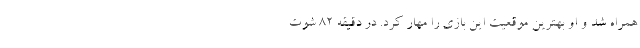
همراه شد و او بهترین موقعیت این بازی را مهار کرد. در دقیقه ۸۲ شوت